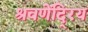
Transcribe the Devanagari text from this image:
श्रवणेंदि्रय